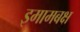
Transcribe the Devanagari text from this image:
इमामबक्ष